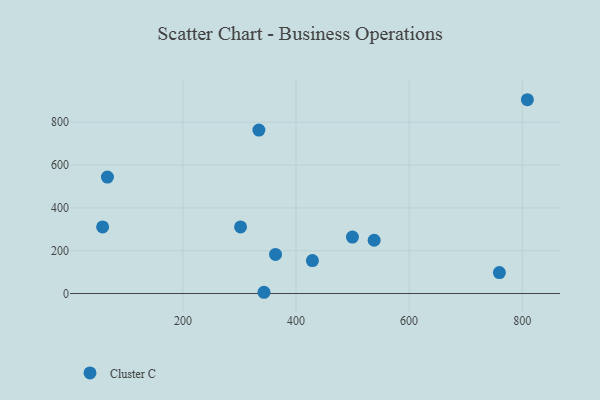
{"axis": {"x": "Experience", "y": "Demand"}, "legend": ["Cluster C"], "data": [{"x": "343.4", "y": 5.8, "type": "Cluster C"}, {"x": "809.1", "y": 905.3, "type": "Cluster C"}, {"x": "302.0", "y": 311.3, "type": "Cluster C"}, {"x": "334.4", "y": 763.4, "type": "Cluster C"}, {"x": "538.2", "y": 248.8, "type": "Cluster C"}, {"x": "66.6", "y": 544.1, "type": "Cluster C"}, {"x": "499.8", "y": 263.7, "type": "Cluster C"}, {"x": "429.0", "y": 154.0, "type": "Cluster C"}, {"x": "363.8", "y": 182.8, "type": "Cluster C"}, {"x": "58.1", "y": 310.9, "type": "Cluster C"}, {"x": "759.6", "y": 97.6, "type": "Cluster C"}]}